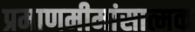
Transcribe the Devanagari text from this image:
प्रमाणमीमांसात्मक